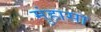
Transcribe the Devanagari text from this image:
मुंहासा